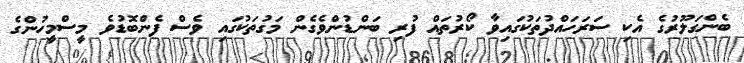
ބެންގަލޫރުގެ އެކި ސަރަހައްދުތަކުގައިވާ ކޯރުތައް ފުރި ބަންޑުންވެގެން މަގުތަކުގައި ވެސް ފެންބޮޑުވެ މީސްމީހުންގެ